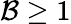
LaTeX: \mathcal{B}\geq 1